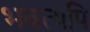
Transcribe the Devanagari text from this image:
भवत्यपि